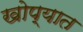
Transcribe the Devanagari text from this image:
खोप्यात